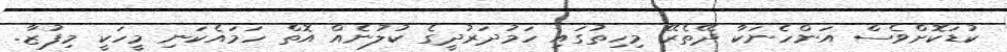
ކުޑަކޮށްވެސް އަންހެނަކާ ދޭތެރޭ މިހިތުގައި ހަމުދަރުދީގެ ކުލުނެއް އޮތް ހަމައެކަނި މީހަކީ މިފުޒާ.